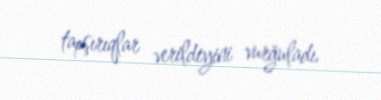
tapşırıqlar verildiyini vurğuladı.